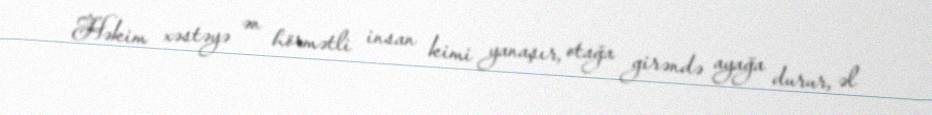
Həkim xəstəyə ən hörmətli insan kimi yanaşır, otağa girəndə ayağa durur, əl